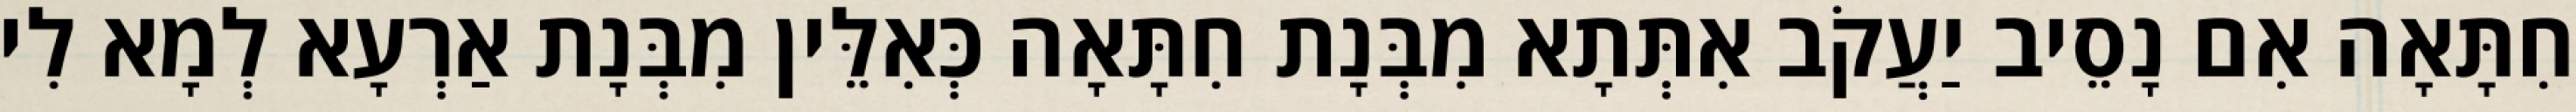
חִתָּאָה אִם נָסֵיב יַעֲקֹב אִתְּתָא מִבְּנָת חִתָּאָה כְּאִלֵּין מִבְּנָת אַרְעָא לְמָא לִי